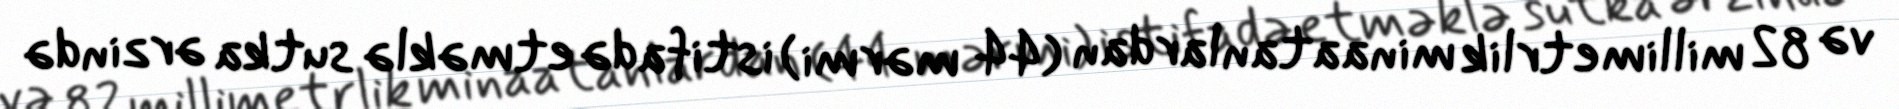
və 82 millimetrlik minaatanlardan (44 mərmi) istifadə etməklə sutka ərzində